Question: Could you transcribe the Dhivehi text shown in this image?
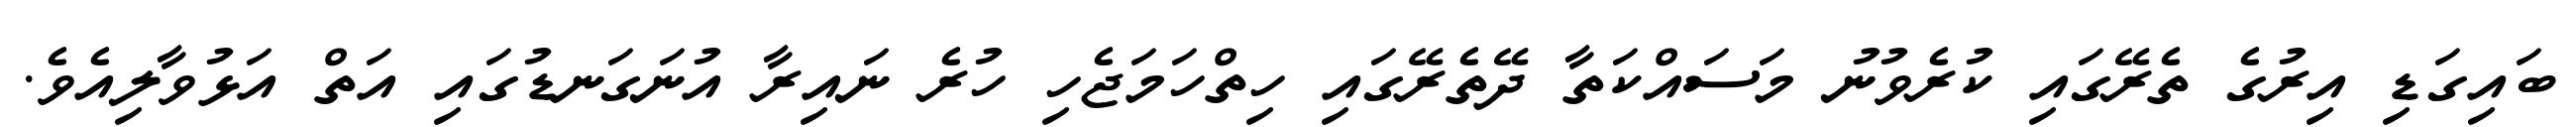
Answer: ބައިގަޑި އިރުގެ ތެރޭގައި ކުރެވުނު މަސައްކަތާ ދޭތެރޭގައި ހިތްހަމަޖެހި ހުރެ ނައިރާ އުނަގަނޑުގައި އަތް އަޅުވާލިއެވެ.